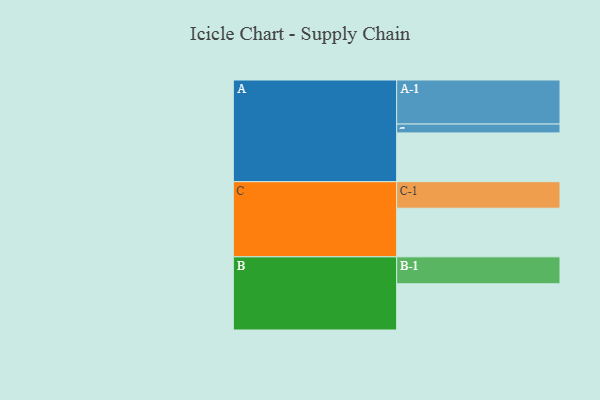
{"axis": {"x": "Segment", "y": "Value"}, "legend": ["", "A", "B", "C"], "data": [{"x": "A", "y": 320, "type": ""}, {"x": "B", "y": 303, "type": ""}, {"x": "C", "y": 319, "type": ""}, {"x": "A-1", "y": 289, "type": "A"}, {"x": "A-2", "y": 58, "type": "A"}, {"x": "B-1", "y": 177, "type": "B"}, {"x": "C-1", "y": 174, "type": "C"}]}